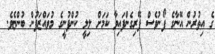
ގެ އިތުރުން އޭނާގެ ފޯނުވެސް ފޭރިގެންފައިވާ ކަމަށް ލިލީ ކުންފުނީގެ މުވައްޒަފުން ބުންޏެވެ.